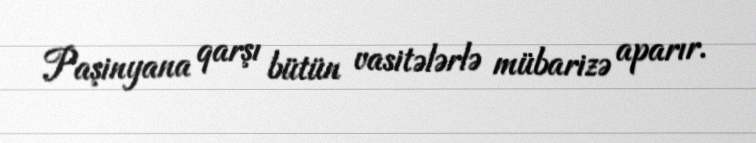
Paşinyana qarşı bütün vasitələrlə mübarizə aparır.